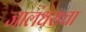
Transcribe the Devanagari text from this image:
जालंधराचा